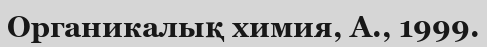
Органикалық химия, А., 1999.